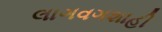
લાગવગશાહી